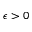
\epsilon > 0